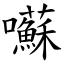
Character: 囌